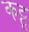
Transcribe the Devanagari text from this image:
कट्टू